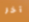
آخر